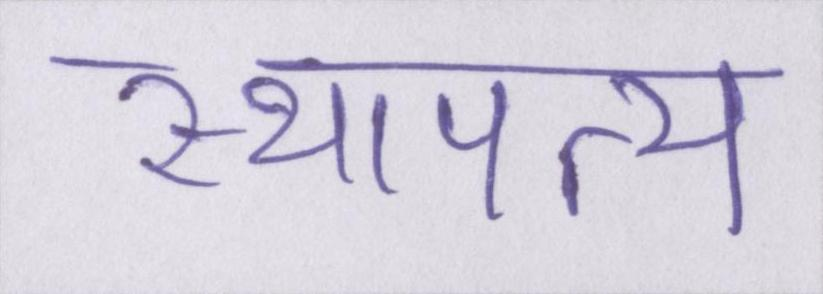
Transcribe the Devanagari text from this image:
स्थापत्य